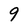
Character: 9